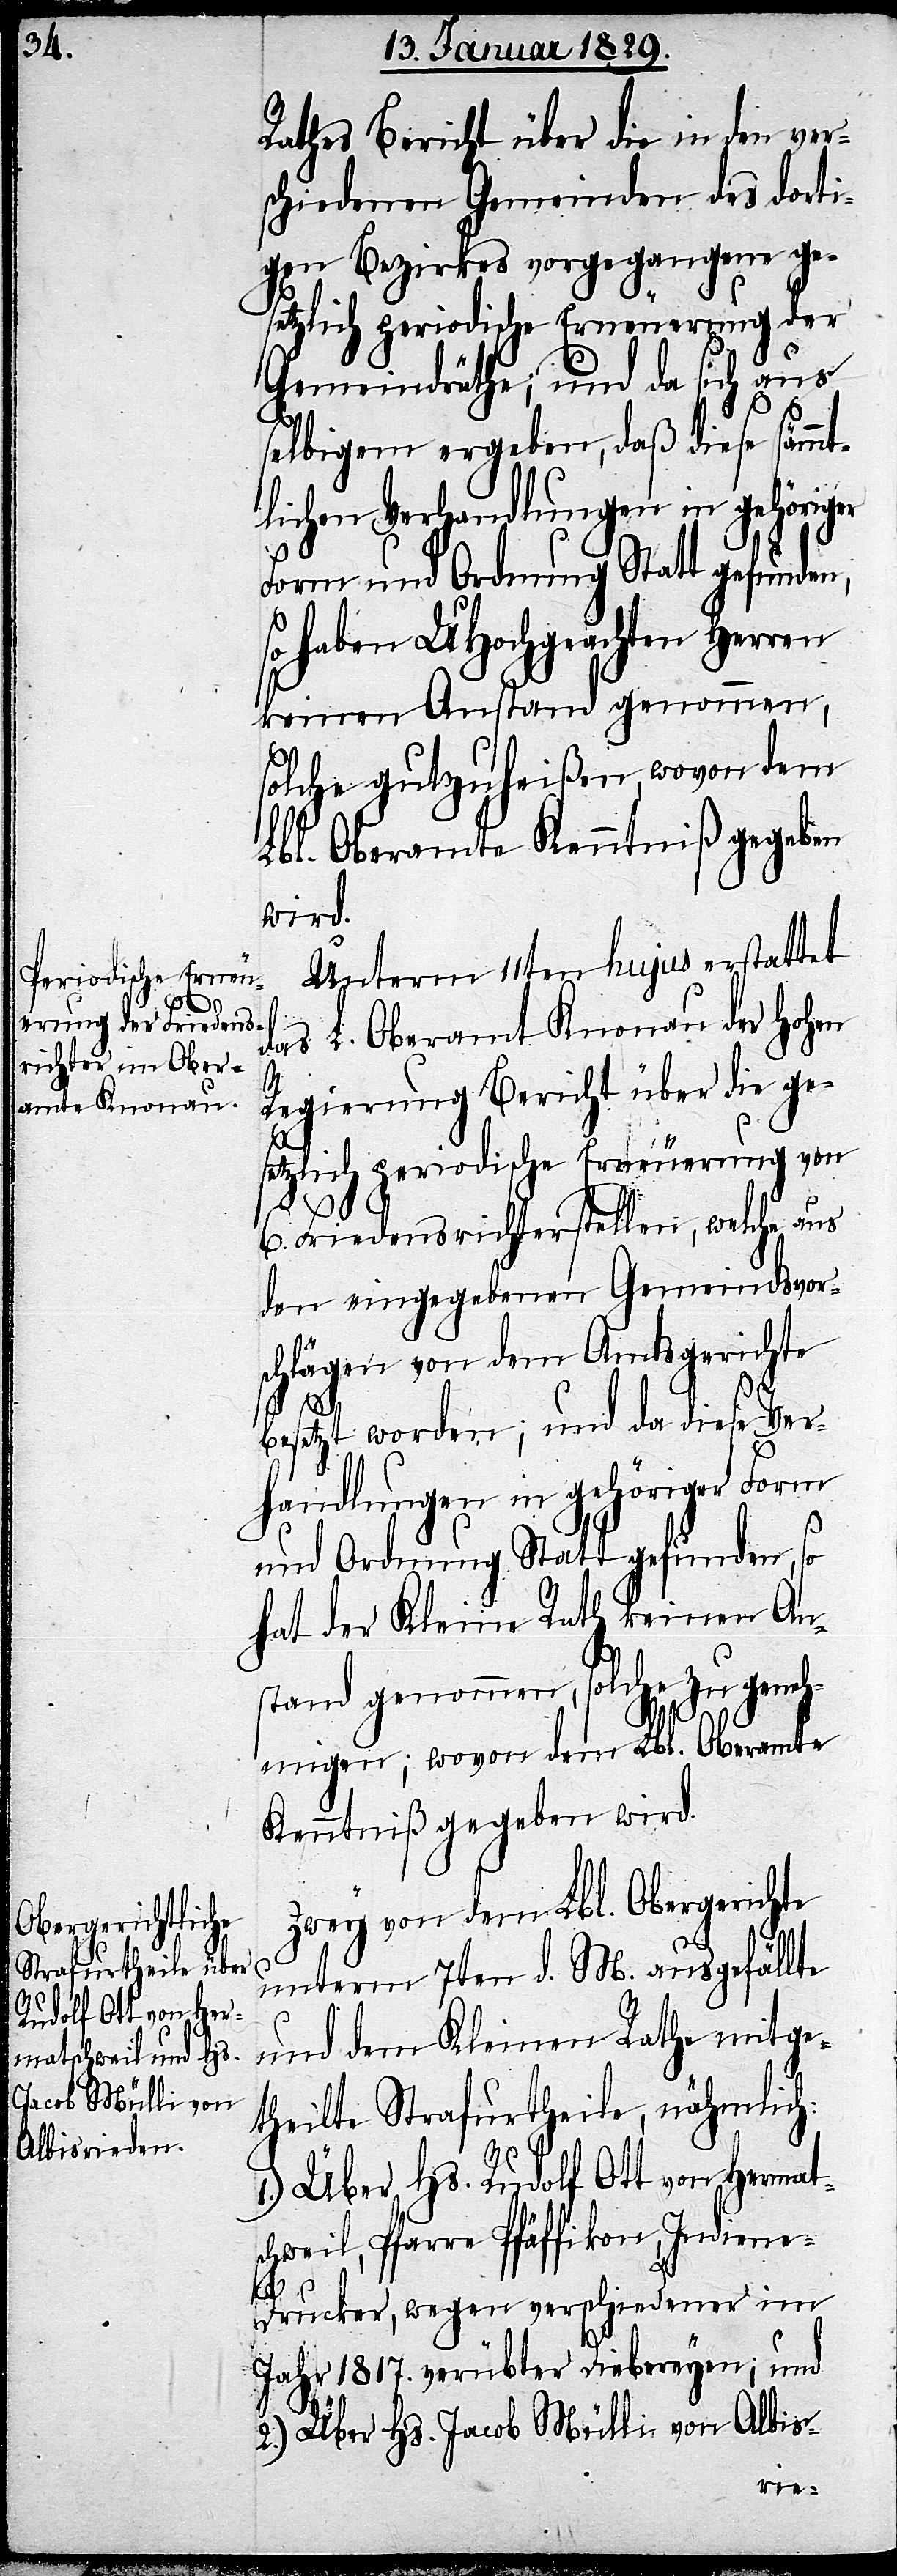
Rathes Bericht über die in den ver¬
schiedenen Gemeinden des dorti¬
gen Bezirkes vorgegangene ge¬
setzlich periodische Erneuerung der
Gemeindräthe; und da sich aus
selbigem ergeben, daß diese sämmt¬
lichen Verhandlungen in gehöriger
Form und Ordnung Statt gefunden,
so haben UHochgeachten Herren
keinen Anstand genommen,
solche gutzuheißen, wovon dem
Lbl. Oberamte Kenntniß gegeben
wird.
Unterm 11ten hujus erstattet
das L. Oberamt Knonau der Hohen
Regierung Bericht über die ge¬
setzlich periodische Erneuerung von
6. Friedensrichterstellen, welche aus
den eingegebenen Gemeindsvor¬
schlägen von dem Amtsgerichte
besetzt worden; und da diese Ver¬
handlungen in gehöriger Form
und Ordnung Statt gefunden, so
hat der Kleine Rath keinen An¬
stand genommen, solche zu genehm¬
igen; wovon dem Lbl. Oberamte
Kenntniß gegeben wird.
Zwey von dem Lbl. Obergerichte
unterm 7ten d. M. ausgefällte
und dem Kleinen Rathe mitge¬
theilte Strafurtheile, nähmlich:
1.) Über Hs. Rudolf Ott von Hermats¬
chweil, Pfarre Pfäffikon, Indien¬
e-Drucker, wegen verschiedener im
Jahr 1817. verübter Diebereyen; und
2.) Über Hs. Jacob Mülli von Albis-